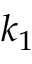
k _ { 1 }